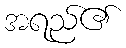
အရည်၏